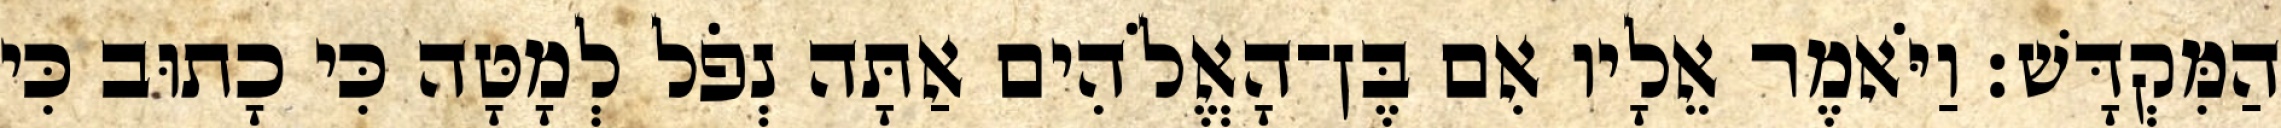
הַמִּקְדָּשׁ׃ וַיֹּאמֶר אֵלָיו אִם בֶּן־הָאֱלֹהִים אַתָּה נְפֹל לְמָטָּה כִּי כָתוּב כִּי